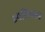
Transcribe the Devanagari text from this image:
आधिपत्त्व